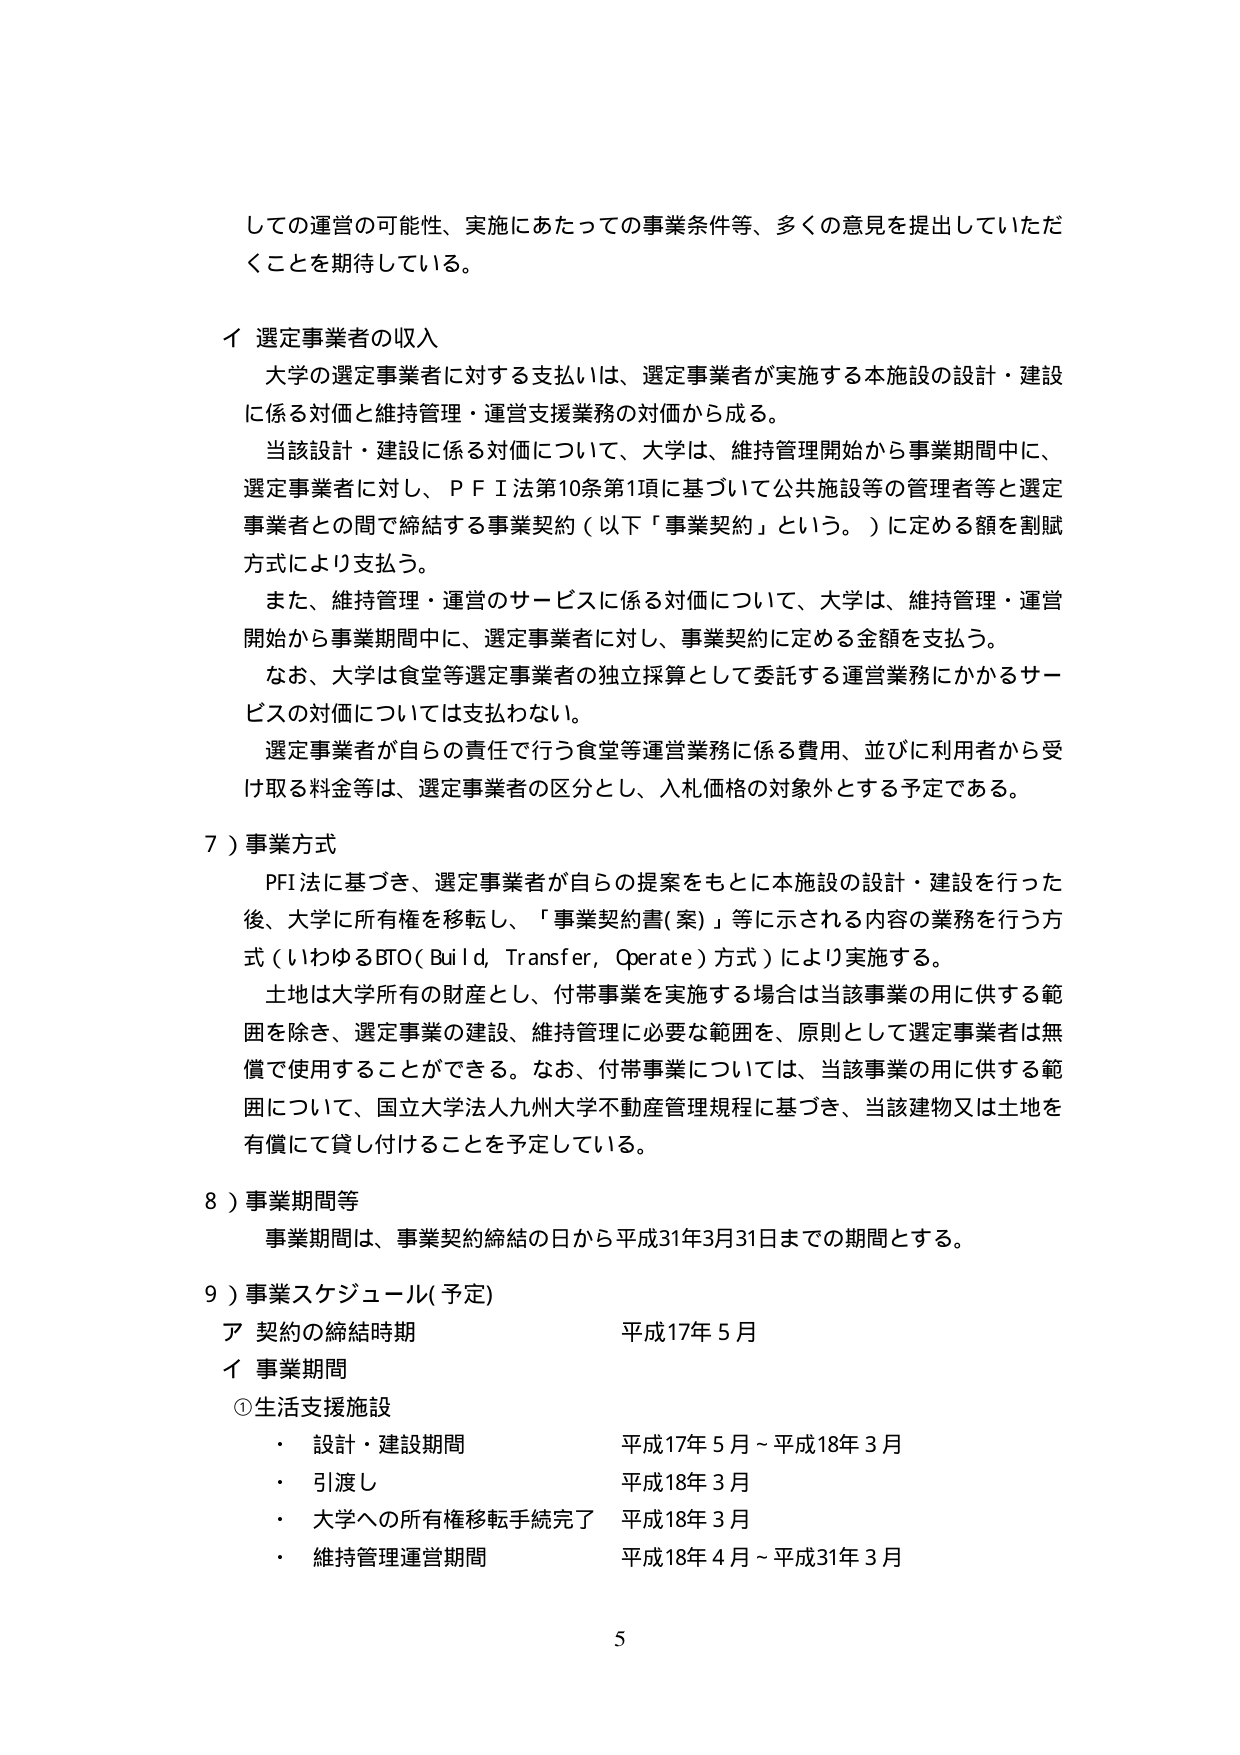
しての運営の可能性、実施にあたっての事業条件等、多くの意見を提出していただくことを期待している。

イ 選定事業者の収入
大学の選定事業者に対する支払いは、選定事業者が実施する本施設の設計・建設に係る対価と維持管理・運営支援業務の対価から成る。
当該設計・建設に係る対価について、大学は、維持管理開始から事業期間中に、選定事業者に対し、ＰＦＩ法第10条第1項に基づいて公共施設等の管理者等と選定事業者との間で締結する事業契約（以下「事業契約」という。）に定める額を割賦方式により支払う。
また、維持管理・運営のサービスに係る対価について、大学は、維持管理・運営開始から事業期間中に、選定事業者に対し、事業契約に定める金額を支払う。
なお、大学は食堂等選定事業者の独立採算として委託する運営業務にかかるサービスの対価については支払わない。
選定事業者が自らの責任で行う食堂等運営業務に係る費用、並びに利用者から受け取る料金等は、選定事業者の区分とし、入札価格の対象外とする予定である。

７）事業方式
ＰＦＩ法に基づき、選定事業者が自らの提案をもとに本施設の設計・建設を行った後、大学に所有権を移転し、「事業契約書（案）」等に示される内容の業務を行う方式（いわゆるＢＴＯ（Ｂｕｉｌｄ，Ｔｒａｎｓｆｅｒ，Ｏｐｅｒａｔｅ）方式）により実施する。
土地は大学所有の財産とし、付帯事業を実施する場合は当該事業の用に供する範囲を除き、選定事業の建設、維持管理に必要な範囲を、原則として選定事業者は無償で使用することができる。なお、付帯事業については、当該事業の用に供する範囲について、国立大学法人九州大学不動産管理規程に基づき、当該建物又は土地を有償にて貸し付けることを予定している。

８）事業期間等
事業期間は、事業契約締結の日から平成31年3月31日までの期間とする。

９）事業スケジュール（予定）
ア 契約の締結時期 平成17年５月
イ 事業期間
①生活支援施設
・ 設計・建設期間 平成17年５月～平成18年３月
・ 引渡し 平成18年３月
・ 大学への所有権移転手続完了 平成18年３月
・ 維持管理運営期間 平成18年４月～平成31年３月

5